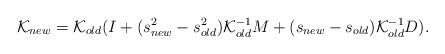
LaTeX: \begin{align*}\mathcal{K}_{new}=\mathcal{K}_{old}(I+(s^{2}_{new}-s^{2}_{old})\mathcal{K}_{old}^{-1}M+(s_{new}-s_{old})\mathcal{K}_{old}^{-1}D).\end{align*}